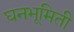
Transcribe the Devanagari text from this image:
घनभूमिती